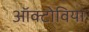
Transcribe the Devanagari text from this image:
ऑक्टोविया